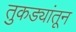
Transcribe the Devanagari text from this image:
तुकड्यांतून